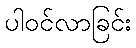
ပါဝင်လာခြင်း